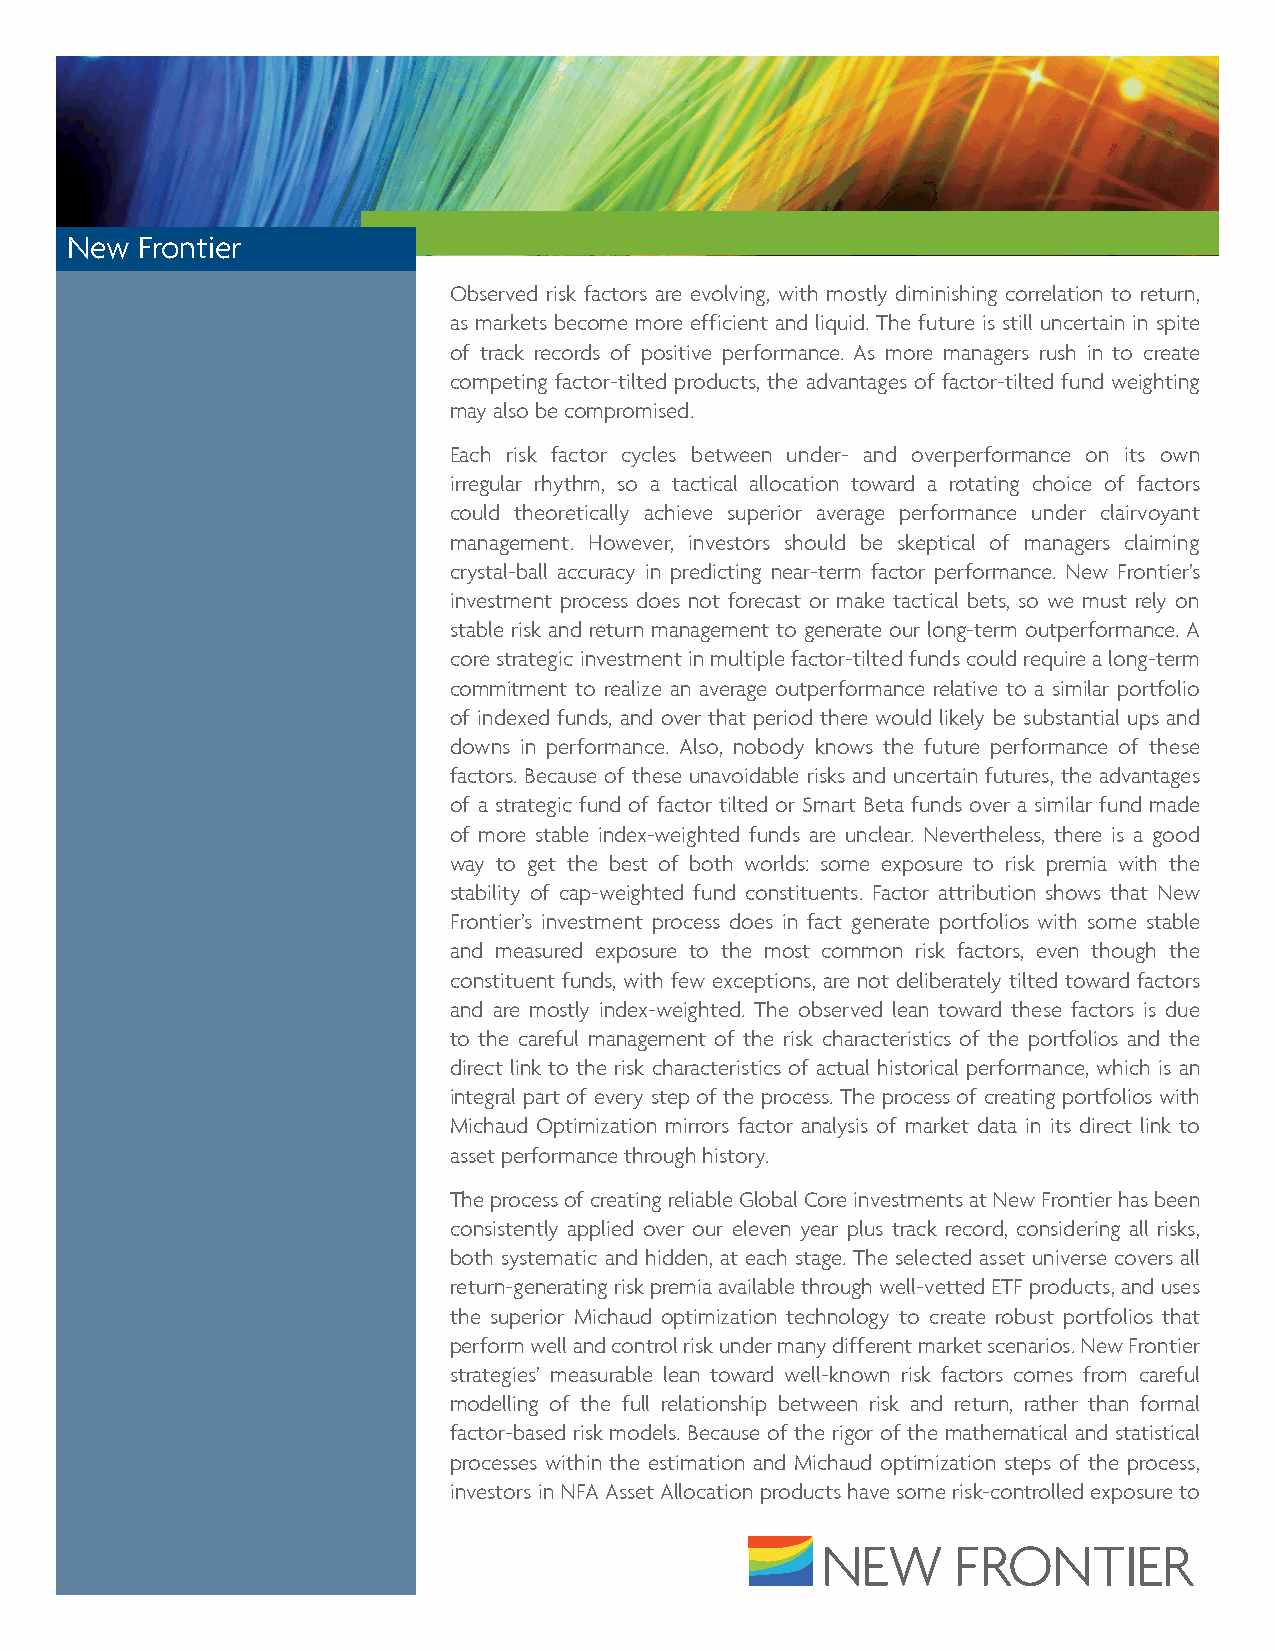
New  Frontier
 Observed risk factors are evolving, with mostly diminishing correlation to return,
 as markets become more efficient and liquid. The future is still uncertain in spite
 of track records of positive performance. As more managers rush in to create
 competing factor-tilted products, the advantages of factor-tilted fund weighting
 may also be compromised.
 Each risk factor cycles between under- and overperformance on its own
 irregular rhythm, so a tactical allocation toward a rotating choice of factors
 could theoretically achieve superior average performance under clairvoyant
 management. However, investors should be skeptical of managers claiming
 crystal-ball accuracy in predicting near-term factor performance. New Frontier’s
 investment process does not forecast or make tactical bets, so we must rely on
 stable risk and return management to generate our long-term outperformance. A
 core strategic investment in multiple factor-tilted funds could require a long-term
 commitment to realize an average outperformance relative to a similar portfolio
 of indexed funds, and over that period there would likely be substantial ups and
 downs in performance. Also, nobody knows the future performance of these
 factors. Because of these unavoidable risks and uncertain futures, the advantages
 of a strategic fund of factor tilted or Smart Beta funds over a similar fund made
 of more stable index-weighted funds are unclear. Nevertheless, there is a good
 way to get the best of both worlds: some exposure to risk premia with the
 stability of cap-weighted fund constituents. Factor attribution shows that New
 Frontier’s investment process does in fact generate portfolios with some stable
 and measured exposure to the most common risk factors, even though the
 constituent funds, with few exceptions, are not deliberately tilted toward factors
 and are mostly index-weighted. The observed lean toward these factors is due
 to the careful management of the risk characteristics of the portfolios and the
 direct link to the risk characteristics of actual historical performance, which is an
 integral part of every step of the process. The process of creating portfolios with
 Michaud Optimization mirrors factor analysis of market data in its direct link to
 asset performance through history.
 The process of creating reliable Global Core investments at New Frontier has been
 consistently applied over our eleven year plus track record, considering all risks,
 both systematic and hidden, at each stage. The selected asset universe covers all
 return-generating risk premia available through well-vetted ETF products, and uses
 the superior Michaud optimization technology to create robust portfolios that
 perform well and control risk under many different market scenarios. New Frontier
 strategies’ measurable lean toward well-known risk factors comes from careful
 modelling of the full relationship between risk and return, rather than formal
 factor-based risk models. Because of the rigor of the mathematical and statistical
 processes within the estimation and Michaud optimization steps of the process,
 investors in NFA Asset Allocation products have some risk-controlled exposure to